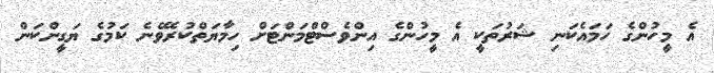
އެ މީހުންގެ ހަމައެކަނި ޝަރުތަކީ އެ މީހުންގެ އިންވެސްޓްމަންޓަށް ހިމާޔަތްކުރެވޭނެ ކަމުގެ ޔަގީންކަން